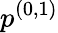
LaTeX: p^{(0,1)}